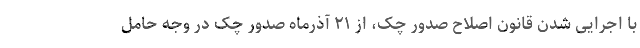
با اجرایی شدن قانون اصلاح صدور چک، از ۲۱ آذرماه صدور چک در وجه حامل